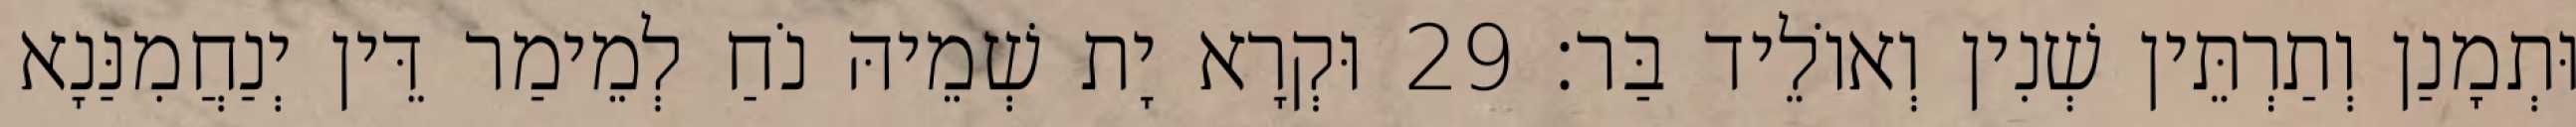
וּתְמָנַן וְתַרְתֵּין שְׁנִין וְאוֹלֵיד בַּר׃ 29 וּקְרָא יָת שְׁמֵיהּ נֹחַ לְמֵימַר דֵּין יְנַחֲמִנַּנָא